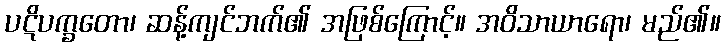
ပဋိပက္ခတော၊ ဆန့်ကျင်ဘက်၏ အဖြစ်ကြောင့်။ အဝိသာယာရော၊ မည်၏။